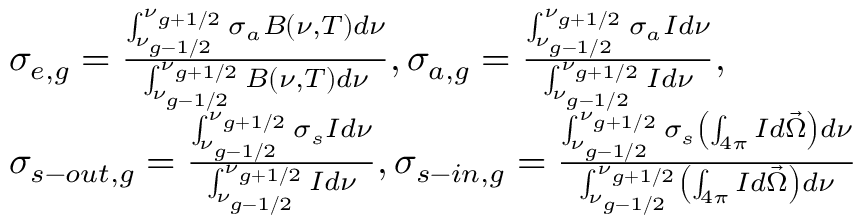
\begin{array} { l } { { \sigma _ { e , g } = \frac { \int _ { \nu _ { g - { 1 \mathord { \left/ { \vphantom { 1 2 } } \right. \kern - \nulldelimiterspace } 2 } } } ^ { \nu _ { g + { 1 \mathord { \left/ { \vphantom { 1 2 } } \right. \kern - \nulldelimiterspace } 2 } } } \sigma _ { a } B \left( \nu , T \right) d \nu } { \int _ { \nu _ { g - { 1 \mathord { \left/ { \vphantom { 1 2 } } \right. \kern - \nulldelimiterspace } 2 } } } ^ { \nu _ { g + { 1 \mathord { \left/ { \vphantom { 1 2 } } \right. \kern - \nulldelimiterspace } 2 } } } B \left( \nu , T \right) d \nu } , \sigma _ { a , g } = \frac { \int _ { \nu _ { g - { 1 \mathord { \left/ { \vphantom { 1 2 } } \right. \kern - \nulldelimiterspace } 2 } } } ^ { \nu _ { g + { 1 \mathord { \left/ { \vphantom { 1 2 } } \right. \kern - \nulldelimiterspace } 2 } } } \sigma _ { a } I d \nu } { \int _ { \nu _ { g - { 1 \mathord { \left/ { \vphantom { 1 2 } } \right. \kern - \nulldelimiterspace } 2 } } } ^ { \nu _ { g + { 1 \mathord { \left/ { \vphantom { 1 2 } } \right. \kern - \nulldelimiterspace } 2 } } } I d \nu } , } } \\ { { \sigma _ { s - o u t , g } = \frac { \int _ { \nu _ { g - { 1 \mathord { \left/ { \vphantom { 1 2 } } \right. \kern - \nulldelimiterspace } 2 } } } ^ { \nu _ { g + { 1 \mathord { \left/ { \vphantom { 1 2 } } \right. \kern - \nulldelimiterspace } 2 } } } \sigma _ { s } I d \nu } { \int _ { \nu _ { g - { 1 \mathord { \left/ { \vphantom { 1 2 } } \right. \kern - \nulldelimiterspace } 2 } } } ^ { \nu _ { g + { 1 \mathord { \left/ { \vphantom { 1 2 } } \right. \kern - \nulldelimiterspace } 2 } } } I d \nu } , \sigma _ { s - i n , g } = \frac { \int _ { \nu _ { g - { 1 \mathord { \left/ { \vphantom { 1 2 } } \right. \kern - \nulldelimiterspace } 2 } } } ^ { \nu _ { g + { 1 \mathord { \left/ { \vphantom { 1 2 } } \right. \kern - \nulldelimiterspace } 2 } } } \sigma _ { s } \left( \int _ { 4 \pi } I d \vec { \Omega } \right) d \nu } { \int _ { \nu _ { g - { 1 \mathord { \left/ { \vphantom { 1 2 } } \right. \kern - \nulldelimiterspace } 2 } } } ^ { \nu _ { g + { 1 \mathord { \left/ { \vphantom { 1 2 } } \right. \kern - \nulldelimiterspace } 2 } } } \left( \int _ { 4 \pi } I d \vec { \Omega } \right) d \nu } } } \end{array}